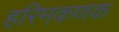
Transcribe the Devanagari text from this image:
हरिमकणक